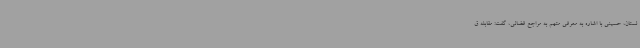
لستان، حسینی با اشاره به معرفی متهم به مراجع قضائی، گفت: مقابله ق